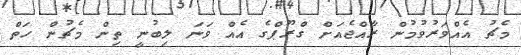
މެޗު އެއްވަރުވުމުން ރާއްޖެއަށް ގްރޫޕްގެ އެއް ވަނަ ލިބުނީ ތިން މެޗުން ހަތް